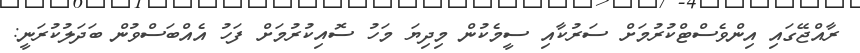
ރާއްޖޭގައި އިންވެެސްޓްކުރުމަށް ސަރުކާއި ސީމެކުން މިދިޔަ މަހު ސޮއިކުރުމަށް ފަހު އެއްބަސްވުން ބަދަލުކުރަަނީ: